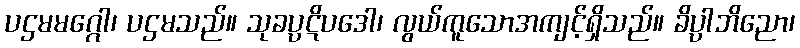
ပဌမမဂ္ဂေါ၊ ပဌမသည်။ သုခပ္ပဋိပဒေါ၊ လွယ်ကူသောအကျင့်ရှိသည်။ ခိပ္ပါဘိညော၊